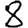
Digit: 8